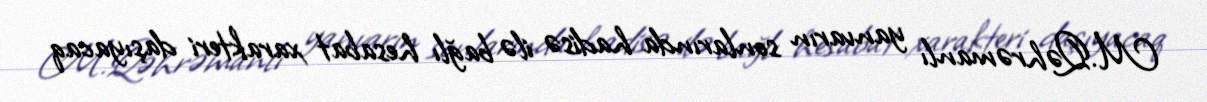
M.Qəhrəmanlı yanvarın sonlarında hadisə ilə bağlı hesabat xarakteri daşıyacaq